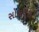
સોલધરા